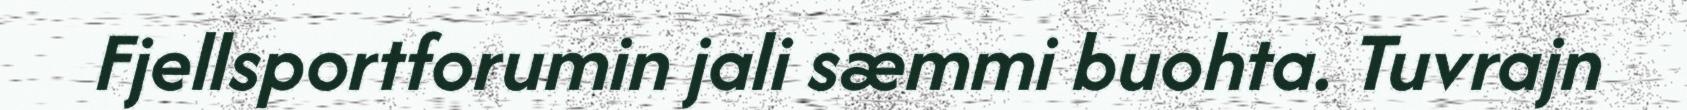
Fjellsportforumin jali sæmmi buohta. Tuvrajn